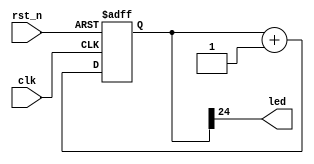
`timescale 1ns / 1ps

module blinky(
    input  clk,
    input  rst_n,
    output led
);
    
    reg [24:0] count = 0;
    always @ (posedge(clk) or negedge(rst_n))
        if (!rst_n)
            count <= 0;
        else
            count <= count + 1;

    assign led = count[24];

endmodule